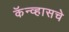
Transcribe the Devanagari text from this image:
कॅन्व्हासचे